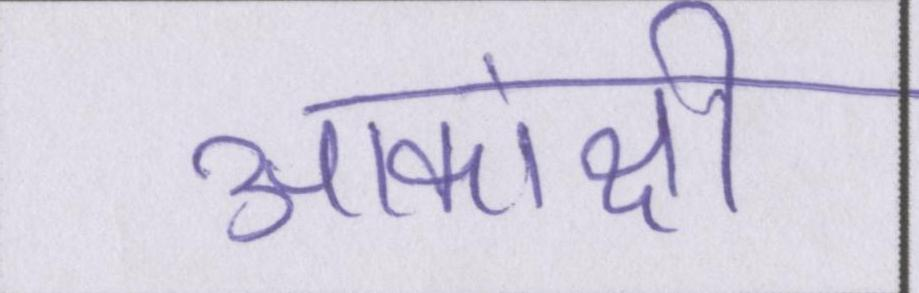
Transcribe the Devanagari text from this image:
आकांक्षी